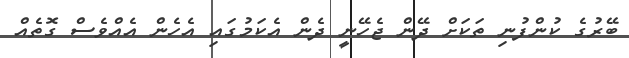
ބޭރުގެ ކުންފުނި ތަކަށް ދޭން ޖެހޭނީ ދެން އެކަމުގައި އެހެން އެއްވެސް ގޮތެއް